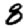
Digit: 8